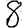
Digit: 8